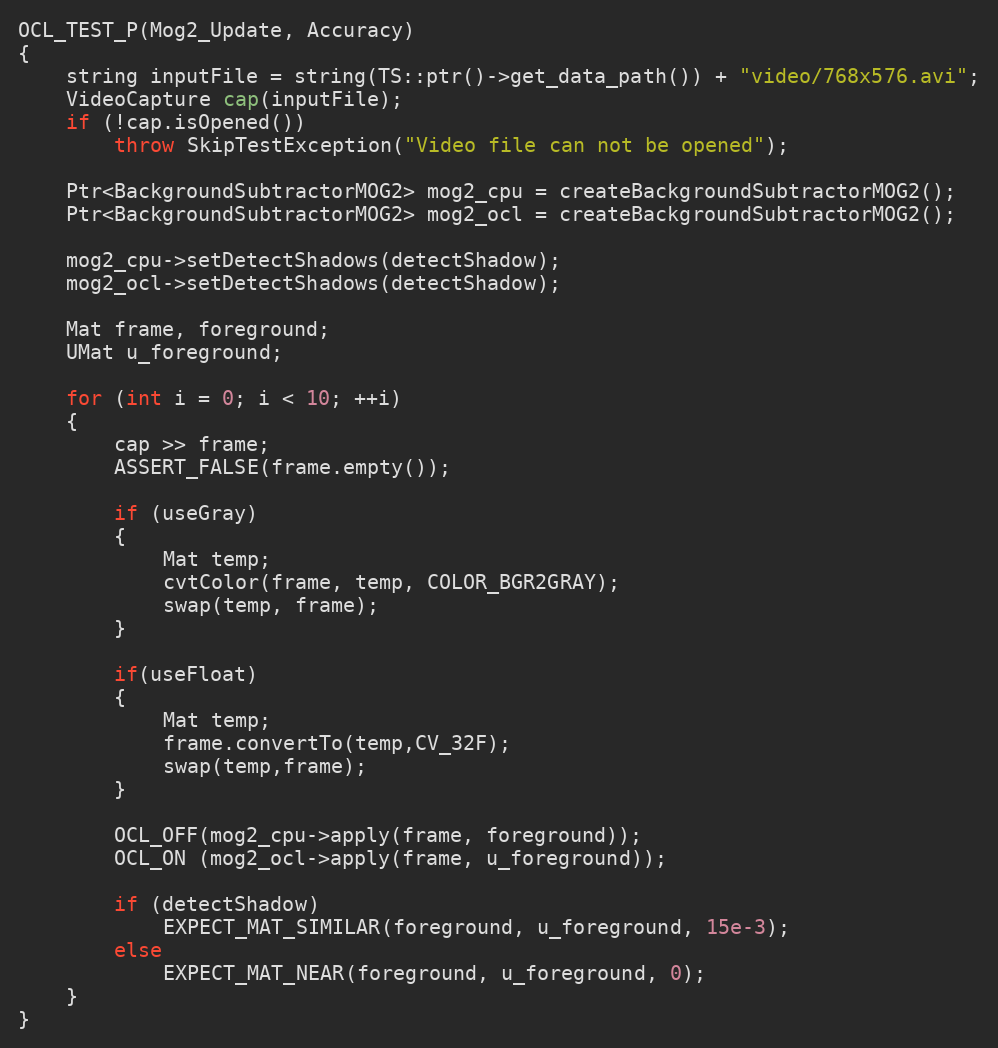
Language: C++
OCL_TEST_P(Mog2_Update, Accuracy)
{
    string inputFile = string(TS::ptr()->get_data_path()) + "video/768x576.avi";
    VideoCapture cap(inputFile);
    if (!cap.isOpened())
        throw SkipTestException("Video file can not be opened");

    Ptr<BackgroundSubtractorMOG2> mog2_cpu = createBackgroundSubtractorMOG2();
    Ptr<BackgroundSubtractorMOG2> mog2_ocl = createBackgroundSubtractorMOG2();

    mog2_cpu->setDetectShadows(detectShadow);
    mog2_ocl->setDetectShadows(detectShadow);

    Mat frame, foreground;
    UMat u_foreground;

    for (int i = 0; i < 10; ++i)
    {
        cap >> frame;
        ASSERT_FALSE(frame.empty());

        if (useGray)
        {
            Mat temp;
            cvtColor(frame, temp, COLOR_BGR2GRAY);
            swap(temp, frame);
        }

        if(useFloat)
        {
            Mat temp;
            frame.convertTo(temp,CV_32F);
            swap(temp,frame);
        }

        OCL_OFF(mog2_cpu->apply(frame, foreground));
        OCL_ON (mog2_ocl->apply(frame, u_foreground));

        if (detectShadow)
            EXPECT_MAT_SIMILAR(foreground, u_foreground, 15e-3);
        else
            EXPECT_MAT_NEAR(foreground, u_foreground, 0);
    }
}